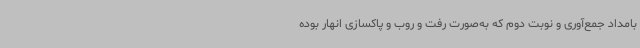
بامداد جمع‌آوری و نوبت دوم که به‌صورت رفت و روب و پاکسازی انهار بوده